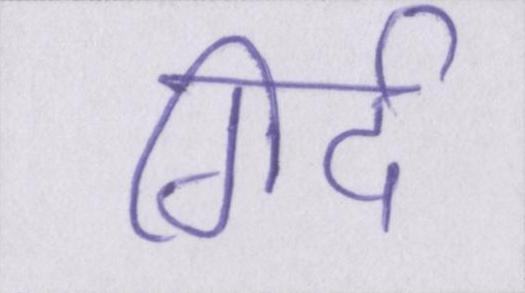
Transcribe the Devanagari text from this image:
गिर्द